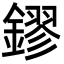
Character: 鏐